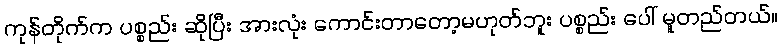
ကုန်တိုက်က ပစ္စည်း ဆိုပြီး အားလုံး ကောင်းတာတော့မဟုတ်ဘူး ပစ္စည်း ပေါ် မူတည်တယ်။